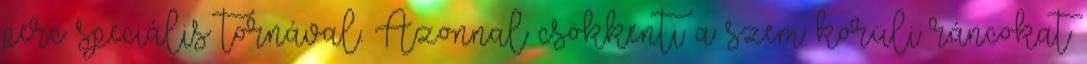
perc speciális tornával. Azonnal csökkenti a szem körüli ráncokat